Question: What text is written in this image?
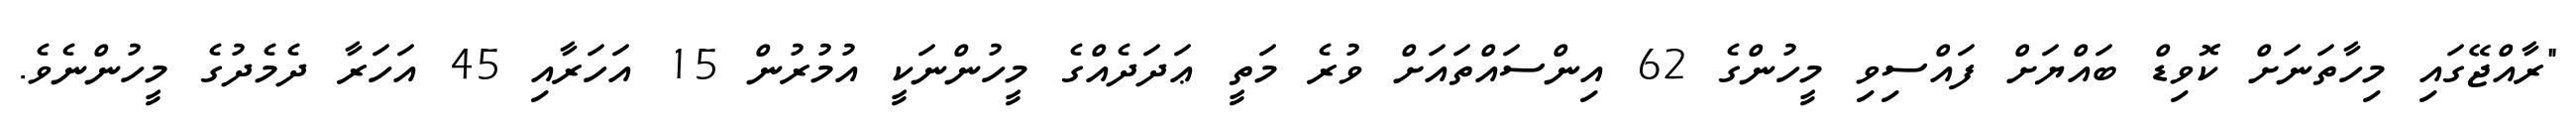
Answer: "ރާއްޖޭގައި މިހާތަނަށް ކޮވިޑް ބައްޔަށް ފައްސިވި މީހުންގެ 62 އިންސައްތައަށް ވުރެ މަތީ ޢަދަދެއްގެ މީހުންނަކީ އުމުރުން 15 އަހަރާއި 45 އަހަރާ ދެމެދުގެ މީހުންނެވެ.